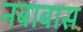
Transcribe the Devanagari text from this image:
नबाबास